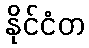
နိုင်ငံတ